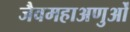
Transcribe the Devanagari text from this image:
जैवमहाअणुओं